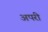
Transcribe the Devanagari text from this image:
अपरी